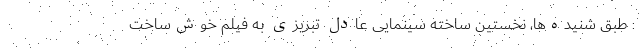
: طبق شنیده‌ها، نخستین ساخته سینمایی عادل تبریزی به فیلم خوش‌ساخت